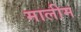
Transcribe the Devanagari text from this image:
मालीम